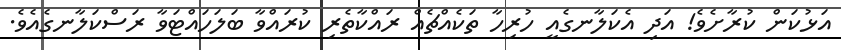
އަޅުކަން ކުރާށެވެ! އަދި އެކަލާނގެއީ ހުރިހާ ތަކެއްޗެއް ރައްކާތެރި ކުރައްވާ ބަލަހައްޓަވާ ރަސްކަލާނގެއެވެ.